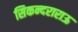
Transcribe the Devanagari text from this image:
सिकन्‍दराराऊ